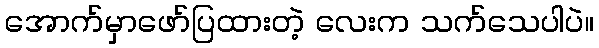
အောက်မှာဖော်ပြထားတဲ့ လေးက သက်သေပါပဲ။